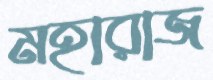
মহারাজ